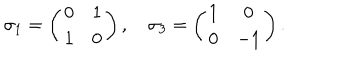
\sigma _ { 1 } = \left( \begin{array} { c c } { { 0 } } & { { 1 } } \\ { { 1 } } & { { 0 } } \\ \end{array} \right) , ~ \sigma _ { 3 } = \left( \begin{array} { c c } { { 1 } } & { { 0 } } \\ { { 0 } } & { { - 1 } } \\ \end{array} \right) .